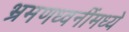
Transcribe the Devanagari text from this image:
भ्रमणध्वनींमध्ये